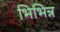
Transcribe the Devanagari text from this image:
भिभिन्न